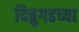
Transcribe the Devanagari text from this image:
दिब्रुगढच्या